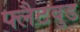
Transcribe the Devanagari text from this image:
फ्लैटवुड